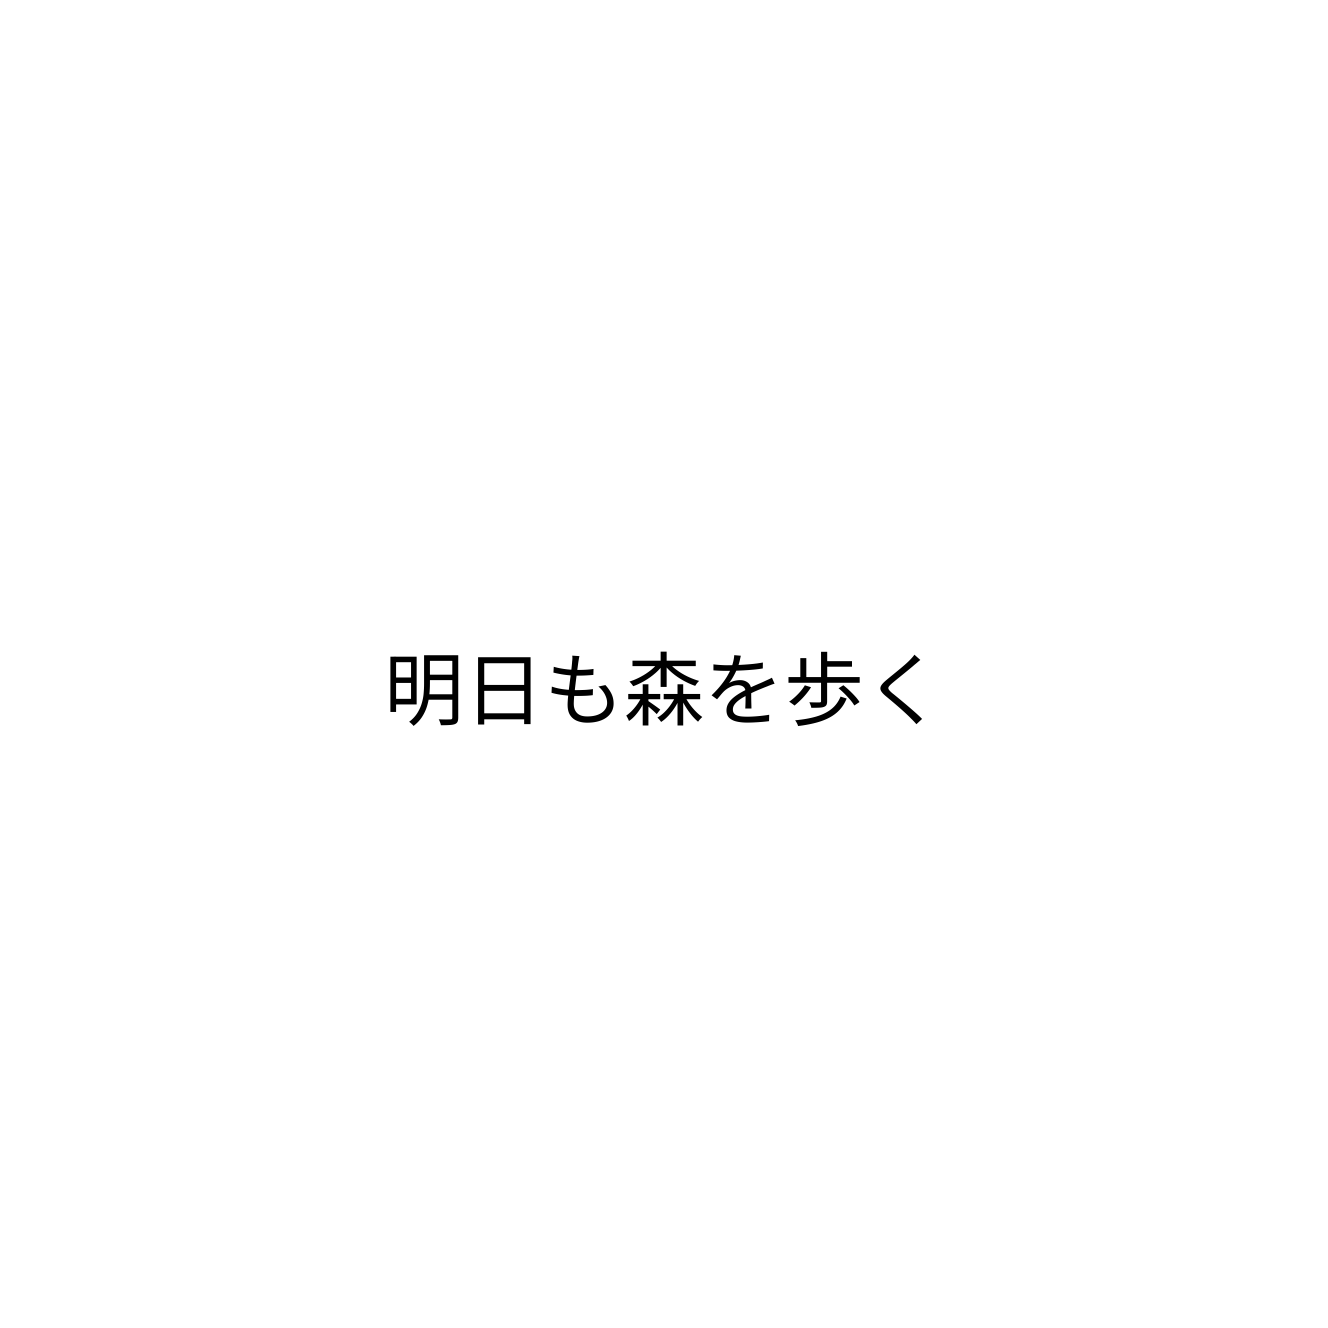
明日も森を歩く